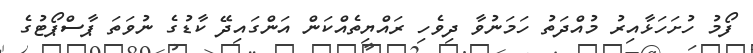
ފޯމު ހުށަހަޅާއިރު މުއްދަތު ހަމަނުވާ ދިވެހި ރައްޔިތެއްކަން އަންގައިދޭ ކާޑުގެ ނުވަތަ ޕާސްޕޯޓުގެ